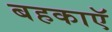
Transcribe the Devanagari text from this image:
बहकाएॅ